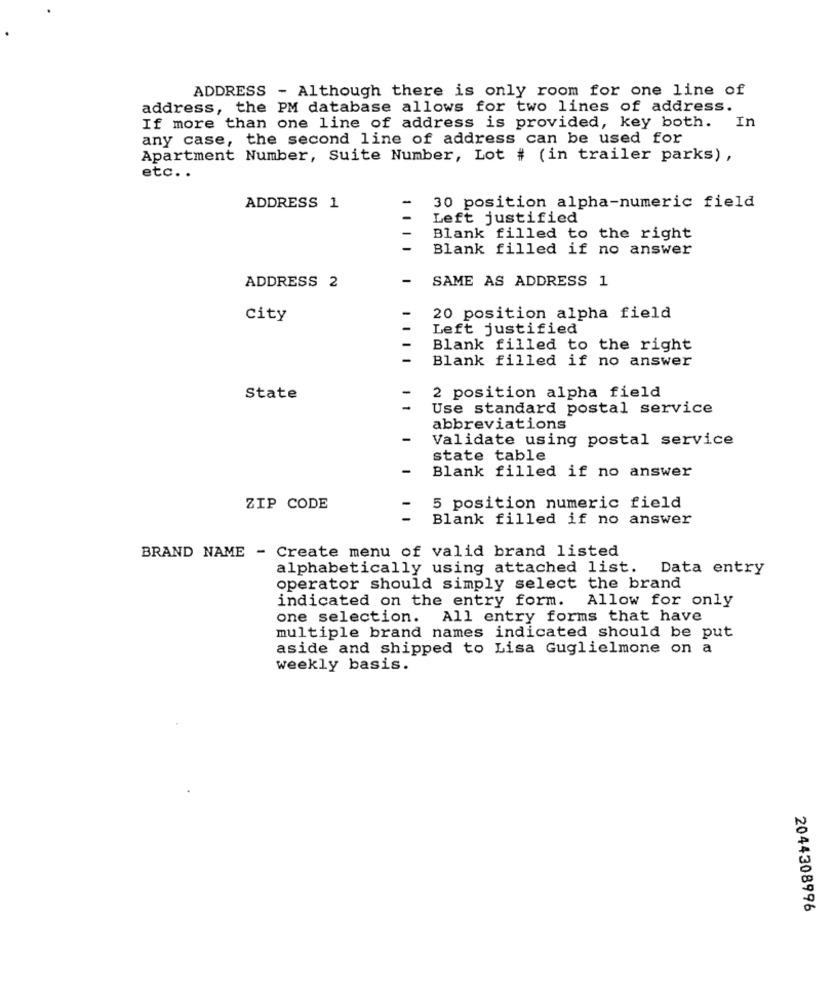
ADDRESS - Although there is only room for one line of
address, the PM database allows for two lines of address.
If more than one line of address is provided, key both. In
any case, the second line of address can be used for
Apartment Number, Suite Number, Lot # (in trailer parks) ,
etc ..
ADDRESS 1
30 position alpha-numeric field
Left justified
Blank filled to the right
Blank filled if no answer
SAME AS ADDRESS 1
ADDRESS 2
city
20 position alpha field
Left justified
Blank filled to the right
Blank filled if no answer
State
2 position alpha field
1 1
Use standard postal service
abbreviations
Validate using postal service
state table
Blank filled if no answer
ZIP CODE
5 position numeric field
Blank filled if no answer
BRAND NAME - Create menu of valid brand listed
alphabetically using attached list. Data entry
operator should simply select the brand
indicated on the entry form. Allow for only
one selection. All entry forms that have
multiple brand names indicated should be put
aside and shipped to Lisa Guglielmone on a
weekly basis.
2044308996